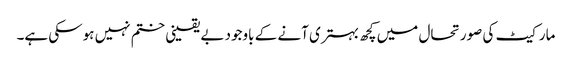
مارکیٹ کی صورتحال میں کچھ بہتری آنے کے باوجود بے یقینی ختم نہیں ہوسکی ہے۔